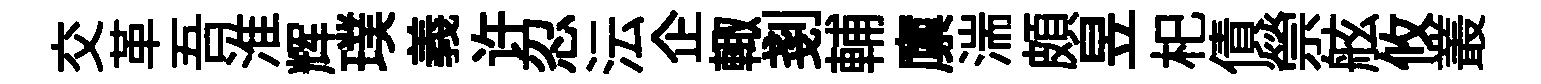
交革吾淮辉璞義许忍沄企輙剗輔廪湍頗昱𣏌債禜舷攸叢